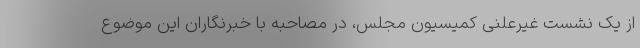
از یک نشست غیرعلنی کمیسیون مجلس، در مصاحبه با خبرنگاران این موضوع